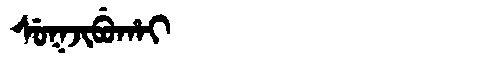
Manchu: ᠰᡠᡴᠵᡳᠪᡠᡥᠠᡳ
Romanization: SUKJIBUHAI